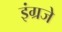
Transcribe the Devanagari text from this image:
इंग्रजे